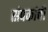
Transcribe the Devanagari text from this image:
संपर्काची